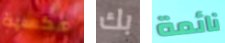
عكسية بك نائمة